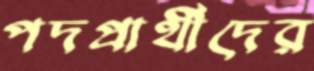
পদপ্রার্থীদের